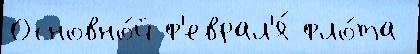
Основно́й ф'еврал'я́ фло́та